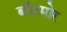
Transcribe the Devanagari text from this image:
बॉटमोर